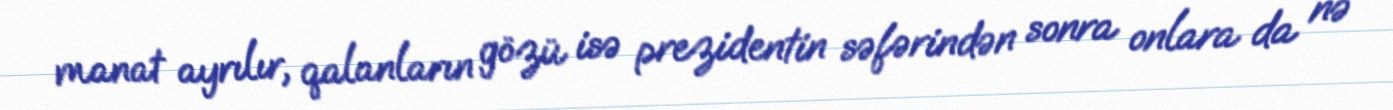
manat ayrılır, qalanların gözü isə prezidentin səfərindən sonra onlara da nə